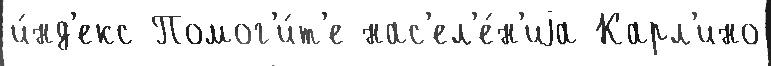
и́нд'екс Помог'и́т'е нас'ел'е́н'иjа Карл'ино